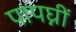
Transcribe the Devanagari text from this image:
पापघ्नीं